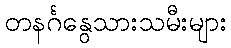
တနင်္ဂနွေသားသမီးများ